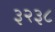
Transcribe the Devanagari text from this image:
३२३८